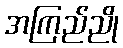
အကြည်ညို